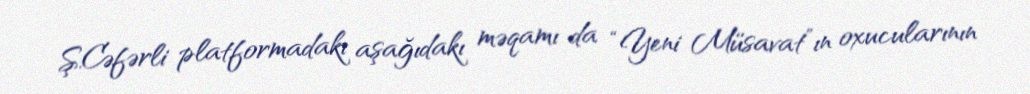
Ş.Cəfərli platformadakı aşağıdakı məqamı da “Yeni Müsavat”ın oxucularının